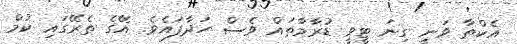
އެކްތާ ވަނީ ގިނަ ޓީވީ ޑުރާމާތައް ވެސް ހަދާފައެވެ. އޭގެ ތެރޭގައި ކުމް